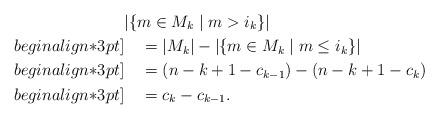
LaTeX: \begin{align*}&|\{m \in M_k\mid m>i_k\}|\\begin{align*}3pt]&\quad=|M_k|-|\{m \in M_k\mid m\leq i_k\}|\\begin{align*}3pt]&\quad=(n-k+1-c_{k-1})-(n-k+1-c_k)\\begin{align*}3pt]&\quad=c_k-c_{k-1}.\end{align*}